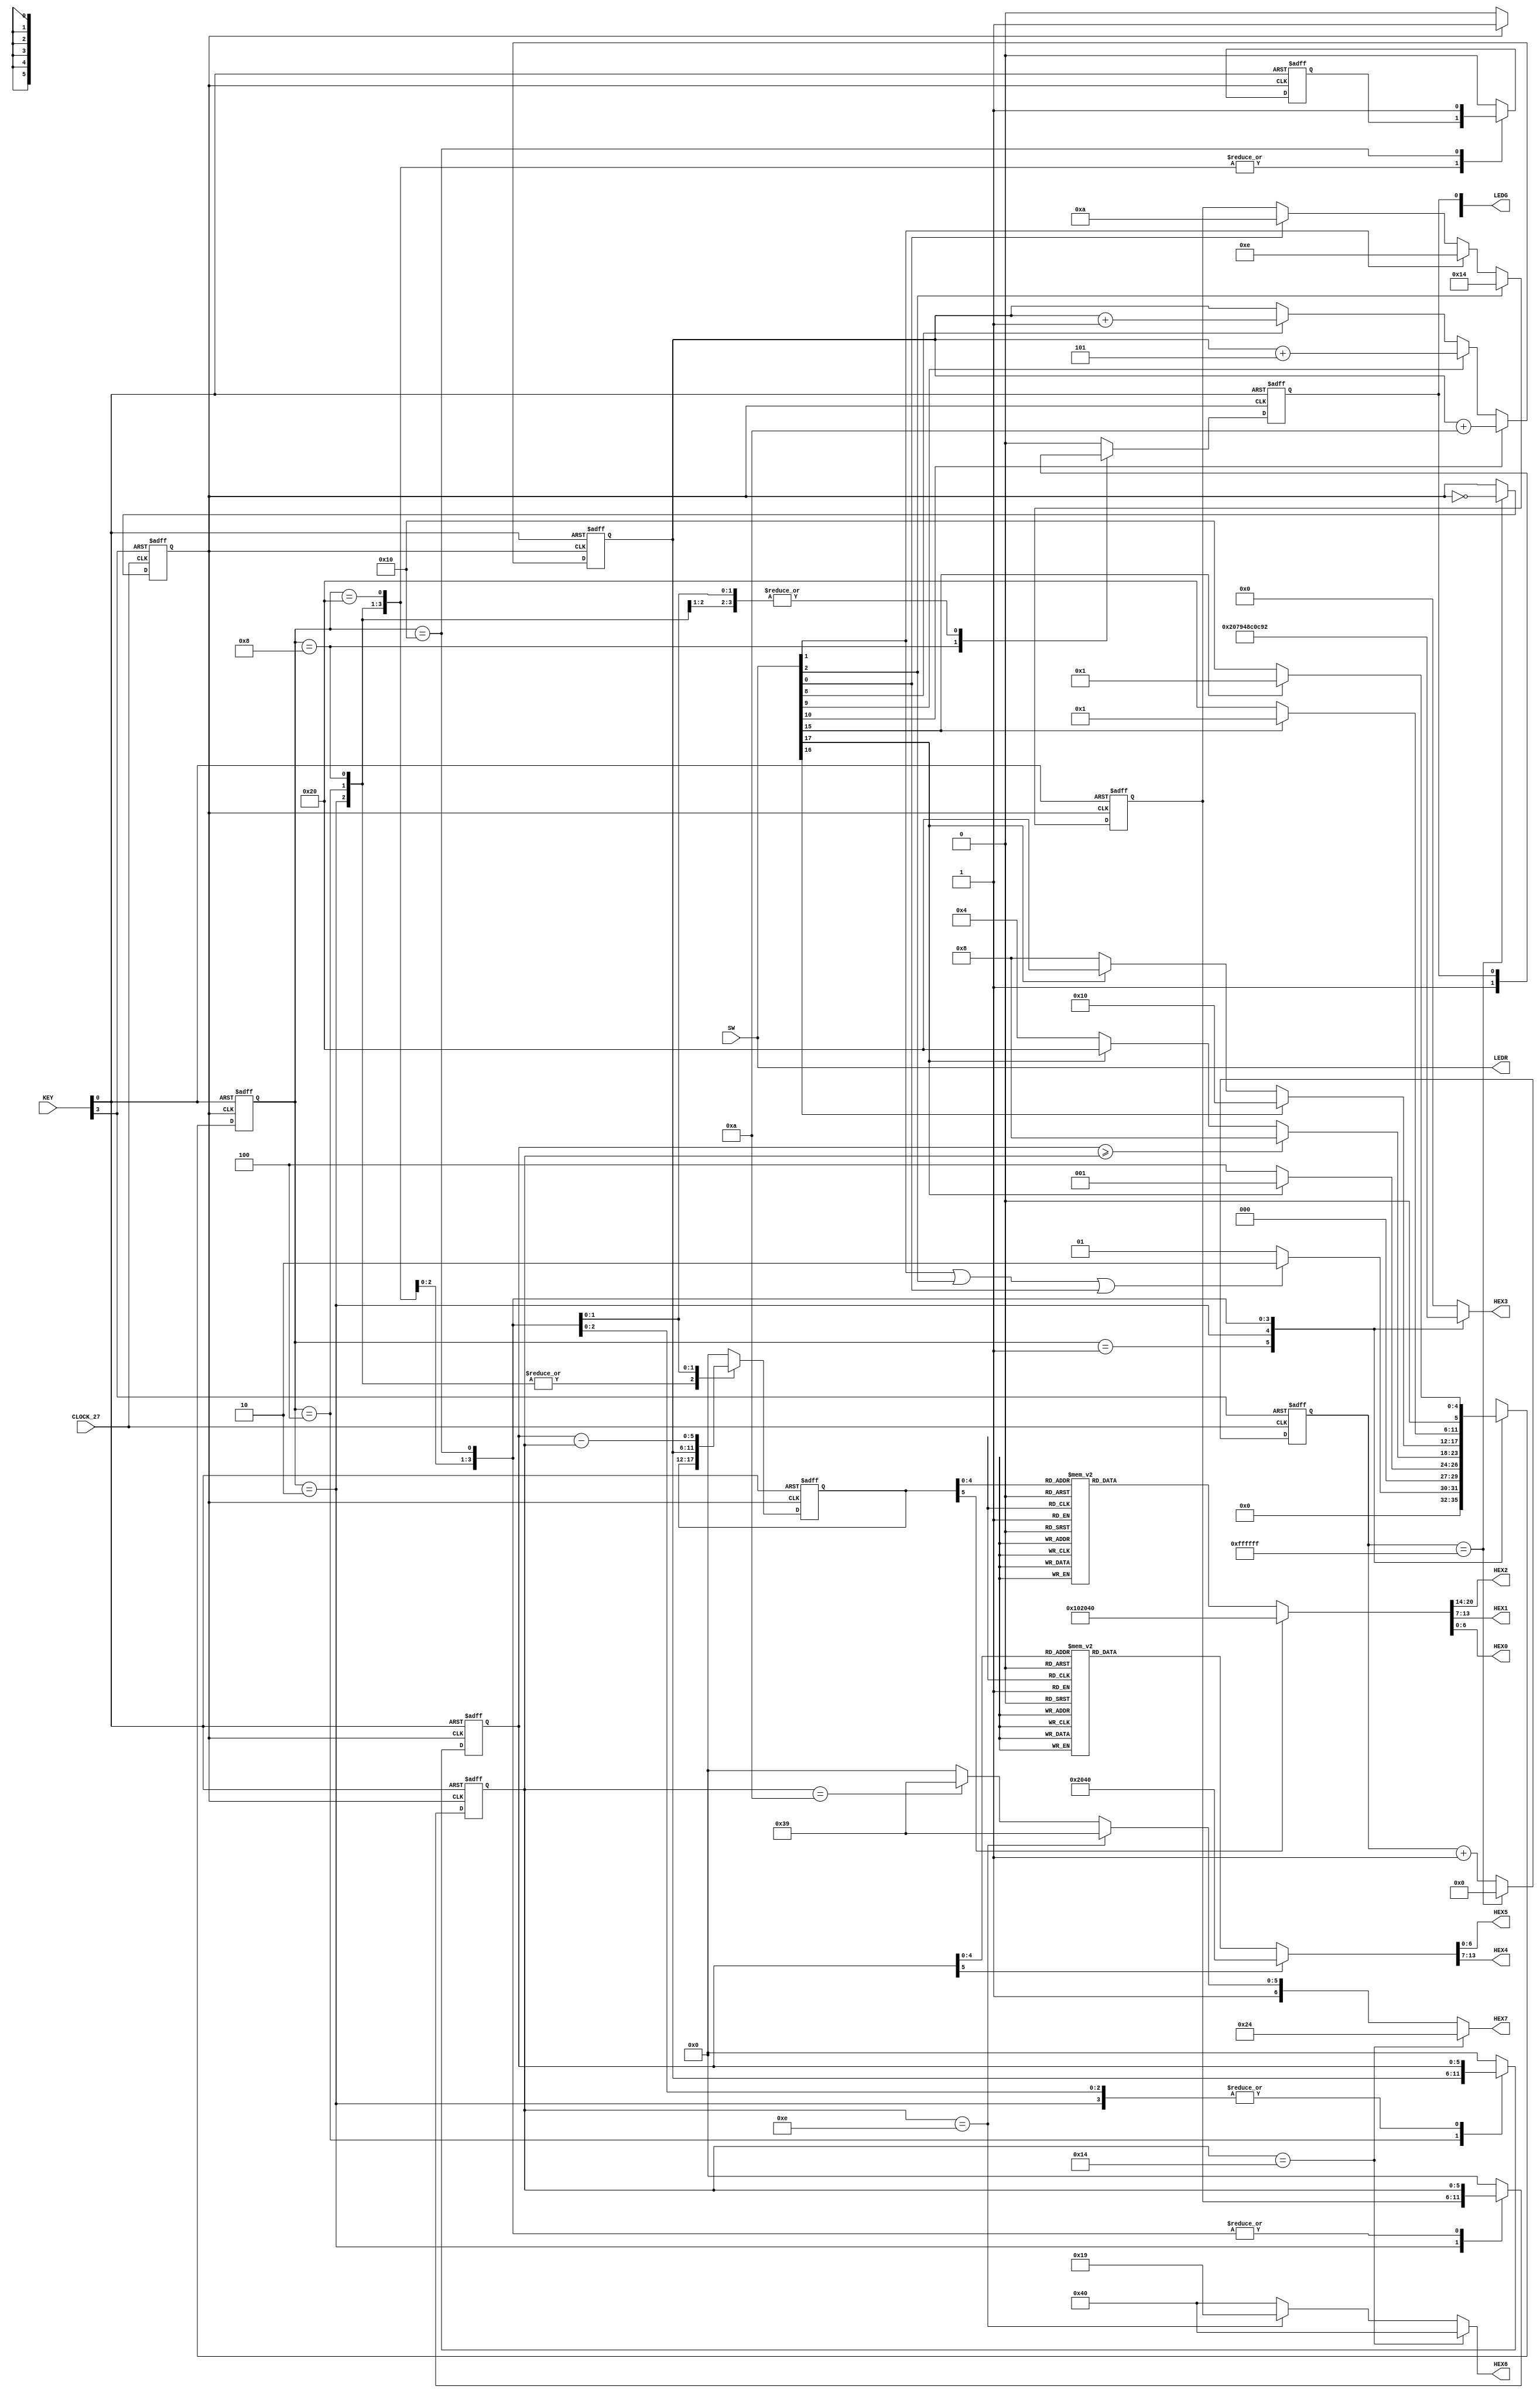
module yjc(CLOCK_27,SW,KEY,LEDG,LEDR,HEX7,HEX6,HEX5,HEX4,HEX2,HEX1,HEX0,HEX3);  //jc_yuan's perfect
//declare the port
input CLOCK_27;
input [17:0]SW;
input [3:0] KEY;
output [7:0] LEDG;
output [17:0]LEDR;
output [6:0] HEX7,HEX6,HEX5,HEX4,HEX2,HEX1,HEX0,HEX3;//HEX3 is for the state change
//declare the type of the port
wire [17:0]SW;
wire [3:0] KEY;//the key is posedge or negedge don't know
reg [7:0] LEDG;
reg [6:0] HEX7,HEX6,HEX5,HEX4,HEX2,HEX1,HEX0,HEX3;
//the meduim value and the state
reg [5:0] current_state;
reg [5:0] next_state;
reg [5:0] given_money,given_money_temp;
reg [5:0] need_money,need_money_temp;
reg [5:0] change_money;
//integer given_money;
//integer need_money;
//integer change_money;
//change for the clock
reg [23:0] sep_clk;
reg aft_clk;
//end change for the clock
//the parameter of value
parameter
        idle    = 6'b000001,
        choose  = 6'b000010,
        pay     = 6'b000100,
        pay_ok  = 6'b001000,
        deal_ok = 6'b010000,
        deal_not= 6'b100000;
parameter zero=7'b1000000,one=7'b1111001,two=7'b0100100,three=7'b0110000;
parameter four=7'b0011001,five=7'b0010010,six=7'b0000010,seven=7'b1111000;
parameter eight=7'b0000000,nine=7'b0010000;
//the change for clock
always @(posedge CLOCK_27 or negedge KEY[3])
  begin
   if(!KEY[3])
     begin
       sep_clk<=24'd0;
       aft_clk<=0;
     end
    else if(sep_clk==24'hffffff)
      begin
        sep_clk<=0;
        aft_clk<=!aft_clk;
      end
    else
      sep_clk<=sep_clk+1;
    
  end
always @(aft_clk)
  begin
    if(aft_clk==1)
      LEDG[3]=1;
    else
      LEDG[3]=0;
  end
//end the change for clock

//test the switch with the LED
assign LEDR=SW;
//stage one: the update of state
always @(posedge aft_clk or negedge KEY[0])
  begin
    if(!KEY[0])
      begin
        current_state<=idle;
      end
    else
      begin
        current_state<=next_state;
      end
  end
//stage two:the calculate of next_state
always @(*)
//always @(SW or current_state or given_money or need_money or change_money or KEY)
  begin
    case (current_state)
      idle:
        begin
          HEX3=zero;
          if(SW[1]|SW[2]|SW[0])
            next_state=choose;
          else
            next_state=idle;
        end
      choose:
        begin
           HEX3=one;
          if(SW[17])
            begin
              next_state=idle;
            end
          else
            begin
              next_state=pay;
            end
        end
      pay:
        begin
          HEX3=two;
          if(given_money>=need_money)
            begin
              next_state=pay_ok;
            end
          else if(SW[17])
            next_state=deal_not;
          else
            next_state=pay;
         end 
      pay_ok:      //only the money is enough then you can cancel to buy it,else it's wrong!!! 
        begin
          HEX3=three;
          if(SW[16])
            begin
              next_state=deal_ok;
            end
          else if(SW[17])
              next_state=deal_not;
          else
              next_state=pay_ok;
         end
      deal_not:
        begin
          HEX3=four;
          if(SW[15])
            next_state=idle;
          else
            next_state=deal_not;
        end 
      deal_ok:
        begin
          HEX3=five;
          if(SW[15])
            next_state=idle;
          else
            next_state=deal_ok;
         end
      default:
        begin
          HEX3=eight;
	      next_state=6'bxxxxxx;
        end
    endcase
  end
always @(posedge aft_clk or negedge KEY[0])
  begin
    if(!KEY[0])
      need_money_temp<=0;
    else if(SW[2])
      need_money_temp<=20;
    else if(SW[1])
      need_money_temp<=14;  
    else if(SW[0])
      need_money_temp<=10; 
    else
      need_money_temp<=need_money_temp;
   end
always @(posedge aft_clk or negedge KEY[0])  
  begin
    if(!KEY[0])
      given_money_temp<=0;
    else if(SW[10])
       given_money_temp<=given_money_temp+10;
    else if(SW[9])
       given_money_temp<=given_money_temp+5;
    else if(SW[8])
       given_money_temp<=given_money_temp+1;  
    else 
       given_money_temp<=given_money_temp;
  end
always @(posedge aft_clk or negedge KEY[0])
  begin
    if(!KEY[0])
      begin
        change_money<=0;
        given_money<=0;
        need_money<=0;
        LEDG[0]<=0;
        LEDG[7]<=0;
      end
    else
      begin
        case(current_state)
          idle:
            begin
              change_money<=0;
              given_money<=0;
              need_money<=0;
              LEDG[0]<=0;
              LEDG[7]<=0;
            end
          choose:
            begin
              need_money<=need_money_temp;
            end
          pay:
            begin
              given_money<=given_money_temp;
            end
          pay_ok:
            begin
              LEDG[0]<=1;
            end
          deal_not:
            begin
              change_money<=given_money_temp;
            end
          deal_ok:
            begin
              change_money<=given_money-need_money;
              LEDG[7]<=1;
              //LEDG[7]<=0;
            end
           default:
             begin
              change_money<=0;
              given_money<=0;
              need_money<=0;
              LEDG[0]<=0;
              LEDG[7]<=0;
            end  
       endcase
     end
  end
always @(given_money) 
  begin
    case (given_money)
            0:begin HEX5=zero;HEX4=zero; end
            1:begin HEX5=zero;HEX4=one; end
            2:begin HEX5=zero;HEX4=two; end
            3:begin HEX5=zero;HEX4=three; end
            4:begin HEX5=zero;HEX4=four; end
            5:begin HEX5=zero;HEX4=five; end
            6:begin HEX5=zero;HEX4=six; end
            7:begin HEX5=zero;HEX4=seven; end
            8:begin HEX5=zero;HEX4=eight; end
            9:begin HEX5=zero;HEX4=nine; end
            10:begin HEX5=one;HEX4=zero;end
            11:begin HEX5=one;HEX4=one; end
            12:begin HEX5=one;HEX4=two; end
            13:begin HEX5=one;HEX4=three; end
            14:begin HEX5=one;HEX4=four; end
            15:begin HEX5=one;HEX4=five; end
            16:begin HEX5=one;HEX4=six; end
            17:begin HEX5=one;HEX4=seven; end
            18:begin HEX5=one;HEX4=eight; end
            19:begin HEX5=one;HEX4=nine; end
            20:begin HEX5=two;HEX4=zero;end
            21:begin HEX5=two;HEX4=one;end
            22:begin HEX5=two;HEX4=two;end
            23:begin HEX5=two;HEX4=three;end
            24:begin HEX5=two;HEX4=four;end
            25:begin HEX5=two;HEX4=five;end
            default:begin HEX5=zero;HEX4=zero; end
          endcase  
   end
always @(change_money)
  begin
    case(change_money)
            0:begin HEX0=zero;HEX1=zero;HEX2=zero;end
            1:begin HEX0=one;HEX1=zero;HEX2=zero;end
            2:begin HEX0=two;HEX1=zero;HEX2=zero;end
            3:begin HEX0=three;HEX1=zero;HEX2=zero;end
            4:begin HEX0=four;HEX1=zero;HEX2=zero;end

            5:begin HEX0=zero;HEX1=one;HEX2=zero;end
            6:begin HEX0=one;HEX1=one;HEX2=zero;end
            7:begin HEX0=two;HEX1=one;HEX2=zero;end
            8:begin HEX0=three;HEX1=one;HEX2=zero;end
            9:begin HEX0=four;HEX1=one;HEX2=zero;end

            10:begin HEX0=zero;HEX1=zero;HEX2=one;end
            11:begin HEX0=one;HEX1=zero;HEX2=one;end
            12:begin HEX0=two;HEX1=zero;HEX2=one;end
            13:begin HEX0=three;HEX1=zero;HEX2=one;end
            14:begin HEX0=four;HEX1=zero;HEX2=one;end

            15:begin HEX0=zero;HEX1=one;HEX2=one;end
            16:begin HEX0=one;HEX1=one;HEX2=one;end
            17:begin HEX0=two;HEX1=one;HEX2=one;end
            18:begin HEX0=three;HEX1=one;HEX2=one;end
            19:begin HEX0=four;HEX1=one;HEX2=one;end
            20:begin HEX0=zero;HEX1=zero;HEX2=two;end
            default:begin HEX0=zero;HEX1=zero;HEX2=zero;end
     endcase 
   end
always @(need_money)
  begin
    if(need_money==20)//test if the need_money has the value  --ok
            begin HEX7=two;HEX6=zero;  end//20
         // else if(SW[1])
          else if(need_money==14)
            begin HEX7=one;HEX6=four;  end //14     5:0010010
         // else if(SW[0])
          else if(need_money==10)
            begin HEX7=one;HEX6=zero;   end
          else
            begin HEX7=zero;HEX6=zero;   end
        end
endmodule